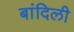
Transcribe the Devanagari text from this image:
बांदिली